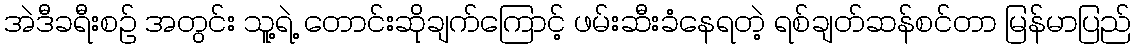
အဲဒီခရီးစဉ် အတွင်း သူ့ရဲ့ တောင်းဆိုချက်ကြောင့် ဖမ်းဆီးခံနေရတဲ့ ရစ်ချတ်ဆန်စင်တာ မြန်မာပြည်